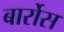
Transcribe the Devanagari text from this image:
बार्रोस